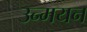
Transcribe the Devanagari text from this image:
उन्मयन